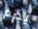
يضم